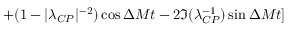
+ ( 1 - | \lambda _ { C P } | ^ { - 2 } ) \cos \Delta M t - 2 \Im ( \lambda _ { C P } ^ { - 1 } ) \sin \Delta M t ]